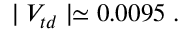
\mid V _ { t d } \mid \simeq 0 . 0 0 9 5 \; .